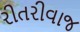
રીતરીવાજ